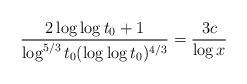
LaTeX: \begin{align*} \frac{2\log\log t_0+1}{\log^{5/3}t_0(\log\log t_0)^{4/3}}=\frac{3c}{\log x}\end{align*}